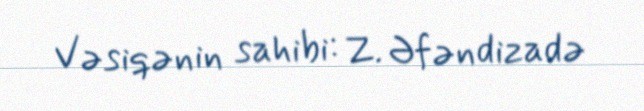
Vəsiqənin sahibi: Z. Əfəndizadə